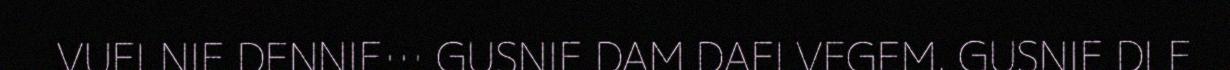
VUELNIE DENNIE… GUSNIE DAM DAELVEGEM. GUSNIE DLE